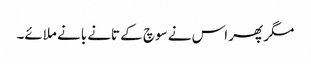
مگر پھر اس نے سوچ کے تانے بانے ملائے۔